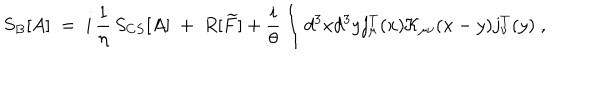
S _ { B } [ A ] \; = \; i \, \frac { 1 } { \eta } \, S _ { C S } [ A ] \; + \; R [ \widetilde { F } ] + \frac { i } { \theta } \int d ^ { 3 } x d ^ { 3 } y j _ { \mu } ^ { T } ( x ) { \mathcal K } _ { \mu \nu } ( x - y ) j _ { \nu } ^ { T } ( y ) \; ,